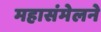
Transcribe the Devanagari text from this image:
महासंमेलने